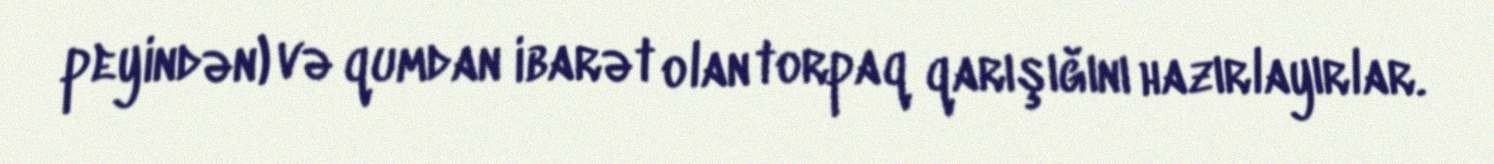
peyindən) və qumdan ibarət olan torpaq qarışığını hazırlayırlar.